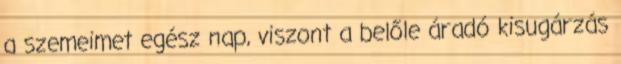
a szemeimet egész nap, viszont a belőle áradó kisugárzás